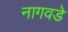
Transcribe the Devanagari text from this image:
नागवडे